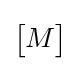
{\begin{bmatrix}M\end{bmatrix}}